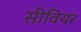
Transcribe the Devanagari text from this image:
सीवियर